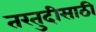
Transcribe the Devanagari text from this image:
तरतुदीसाठी